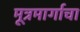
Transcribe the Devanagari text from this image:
मूत्रमार्गाचा